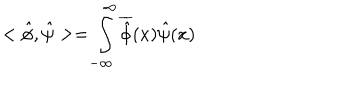
< \hat { \phi } , \hat { \psi } > = \int _ { - \infty } ^ { \infty } \overline { { { \hat { \phi } } } } ( x ) \hat { \psi } ( x )